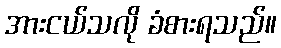
အားငယ်သလို ခံစားရသည်။